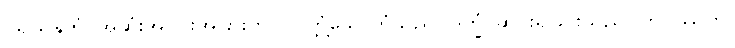
ပရိယန္တကံ၊ အဆုံးအပိုင်းအခြားကိုပြုလတ္တံ့သောကံသည်။ ဒုက္ခံ၊ ဆင်းရဲခြင်းသည်။ ဘဝိဿတိ၊